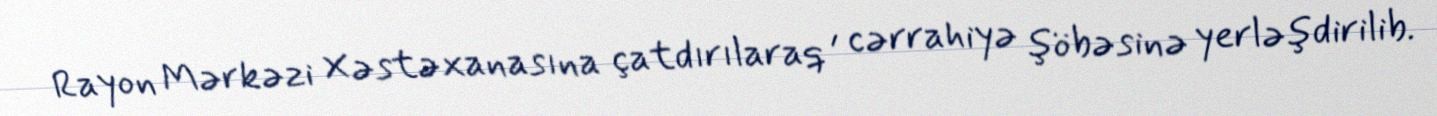
Rayon Mərkəzi Xəstəxanasına çatdırılaraq , cərrahiyə şöbəsinə yerləşdirilib.